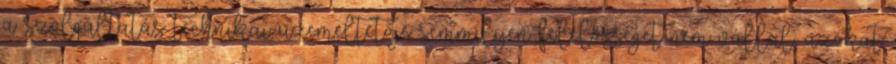
a szolgáltatás technikai üzemeltetője semmilyen felelősséget nem vállal, azokat